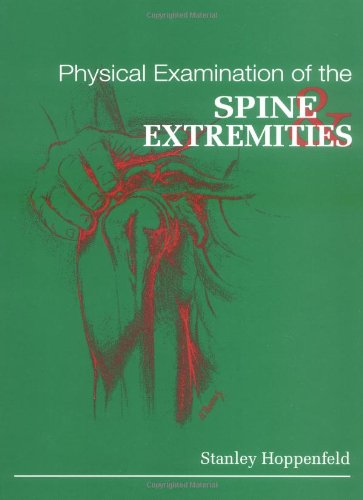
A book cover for Physical Examination of the Spine and Extremities; Stanley Hoppenfeld; Medical Books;